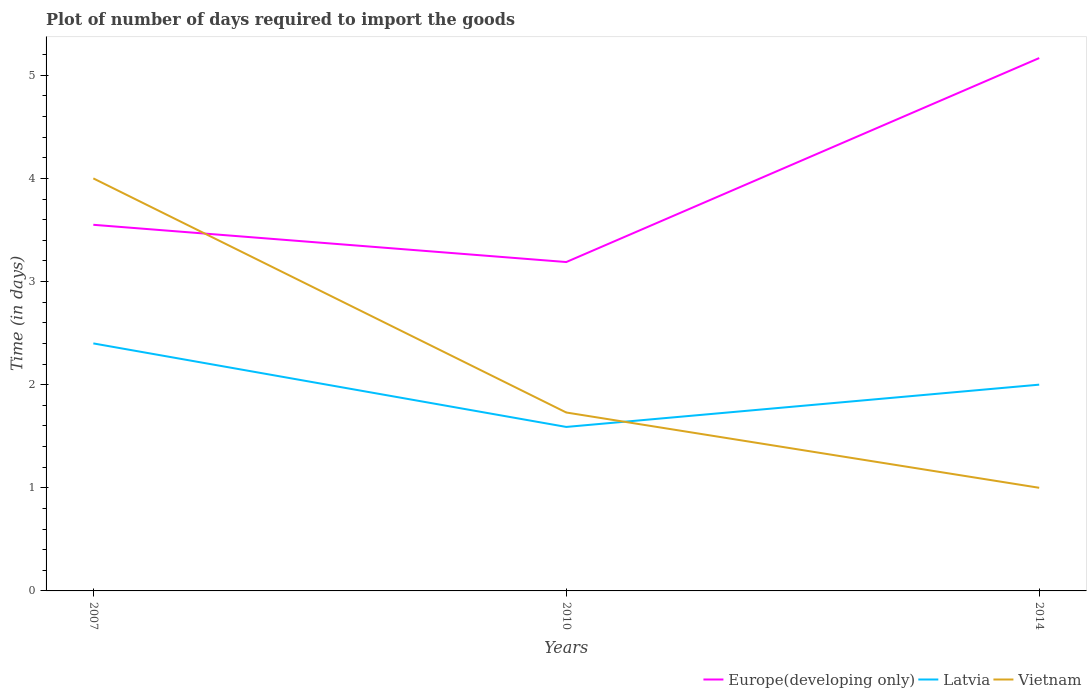
| Years | Europe(developing only) | Latvia | Vietnam |
 | --- | --- | --- | --- |
 | 2007 | 3.55 | 2.4 | 4 |
 | 2010 | 3.19 | 1.59 | 1.73 |
 | 2014 | 5.17 | 2 | 1 |